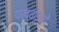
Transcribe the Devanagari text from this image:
पखवाइयों